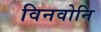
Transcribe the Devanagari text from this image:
विनवोनि